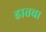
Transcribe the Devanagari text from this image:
हातचा